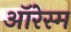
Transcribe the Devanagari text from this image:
ऑरेस्म